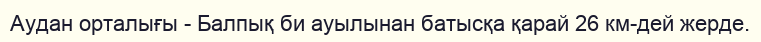
Аудан орталығы - Балпық би ауылынан батысқа қарай 26 км-дей жерде.